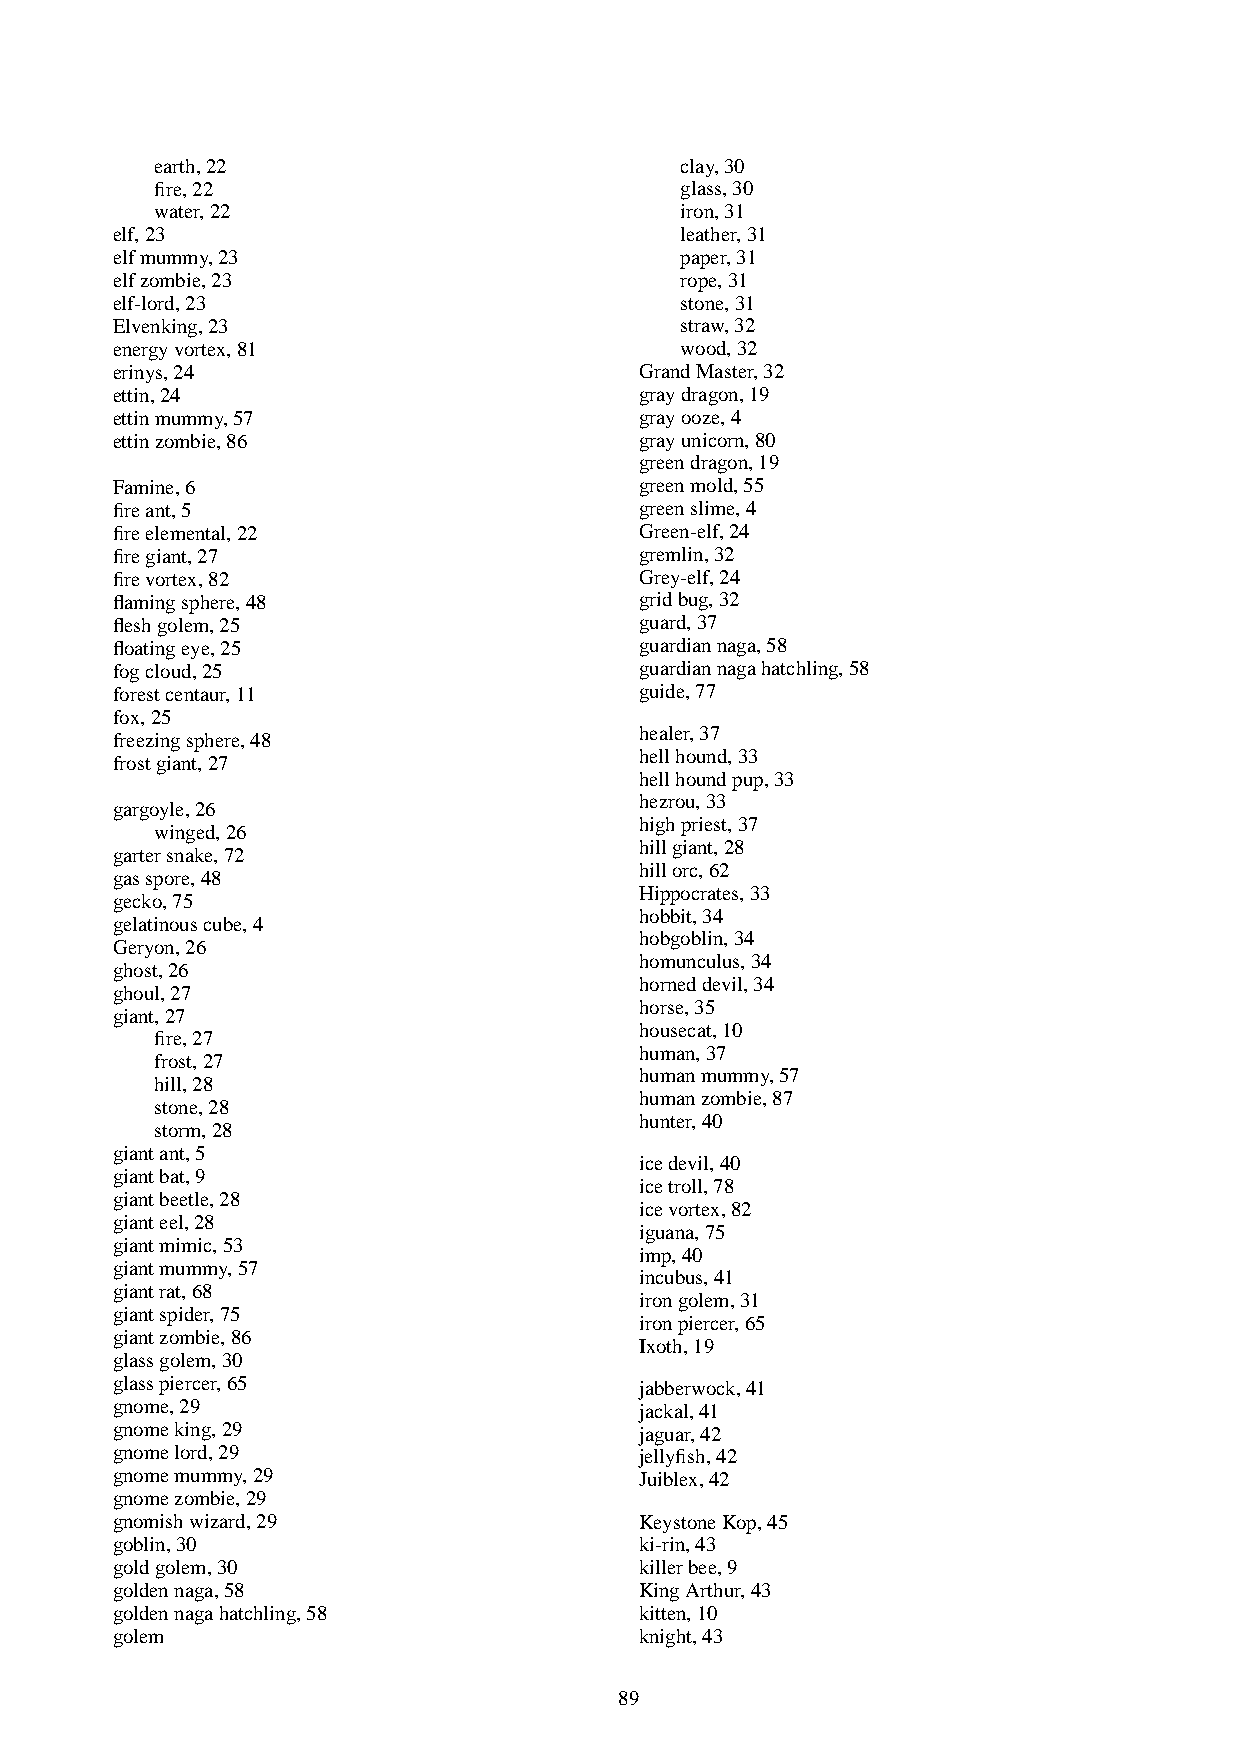
earth,22                           clay,30
 fire,22                            glass,30
 water,22                           iron,31
 elf,23                                leather,31
 elfmummy,23                           paper,31
 elfzombie,23                          rope,31
 elf-lord,23                           stone,31
 Elvenking,23                          straw,32
 energyvortex,81                       wood,32
 erinys,24                          GrandMaster,32
 ettin,24                           graydragon,19
 ettinmummy,57                      grayooze,4
 ettinzombie,86                     grayunicorn,80
 greendragon,19
 Famine,6                           greenmold,55
 fireant,5                          greenslime,4
 fireelemental,22                   Green-elf,24
 firegiant,27                       gremlin,32
 firevortex,82                      Grey-elf,24
 flamingsphere,48                   gridbug,32
 fleshgolem,25                      guard,37
 floatingeye,25                     guardiannaga,58
 fogcloud,25                        guardiannagahatchling,58
 forestcentaur,11                   guide,77
 fox,25
 healer,37
 freezingsphere,48
 hellhound,33
 frostgiant,27
 hellhoundpup,33
 hezrou,33
 gargoyle,26
 highpriest,37
 winged,26
 hillgiant,28
 gartersnake,72
 hillorc,62
 gasspore,48
 Hippocrates,33
 gecko,75
 hobbit,34
 gelatinouscube,4
 hobgoblin,34
 Geryon,26
 homunculus,34
 ghost,26
 horneddevil,34
 ghoul,27
 horse,35
 giant,27
 housecat,10
 fire,27
 human,37
 frost,27
 humanmummy,57
 hill,28
 humanzombie,87
 stone,28
 hunter,40
 storm,28
 giantant,5
 icedevil,40
 giantbat,9
 icetroll,78
 giantbeetle,28
 icevortex,82
 gianteel,28
 iguana,75
 giantmimic,53
 imp,40
 giantmummy,57
 incubus,41
 giantrat,68
 irongolem,31
 giantspider,75
 ironpiercer,65
 giantzombie,86
 Ixoth,19
 glassgolem,30
 glasspiercer,65                    jabberwock,41
 gnome,29                           jackal,41
 gnomeking,29                       jaguar,42
 gnomelord,29                       jellyfish,42
 gnomemummy,29                      Juiblex,42
 gnomezombie,29
 gnomishwizard,29                   KeystoneKop,45
 goblin,30                          ki-rin,43
 goldgolem,30                       killerbee,9
 goldennaga,58                      KingArthur,43
 goldennagahatchling,58             kitten,10
 golem                              knight,43
 89